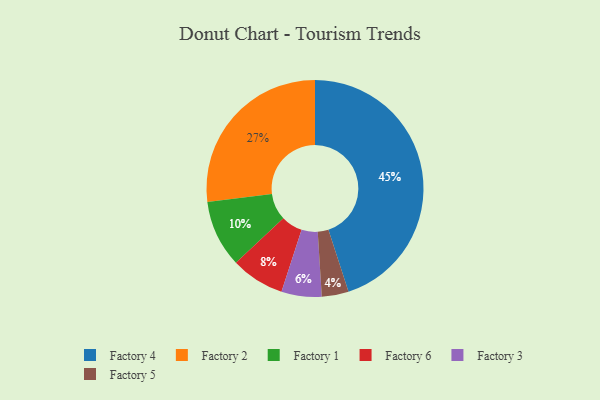
{"axis": {"x": "Category", "y": "Percentage"}, "legend": ["Factory 1", "Factory 2", "Factory 3", "Factory 4", "Factory 5", "Factory 6"], "data": [{"x": "Factory 5", "y": 4, "type": "Factory 5"}, {"x": "Factory 2", "y": 27, "type": "Factory 2"}, {"x": "Factory 4", "y": 45, "type": "Factory 4"}, {"x": "Factory 3", "y": 6, "type": "Factory 3"}, {"x": "Factory 6", "y": 8, "type": "Factory 6"}, {"x": "Factory 1", "y": 10, "type": "Factory 1"}]}